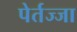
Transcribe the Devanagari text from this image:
पेर्तज्जा